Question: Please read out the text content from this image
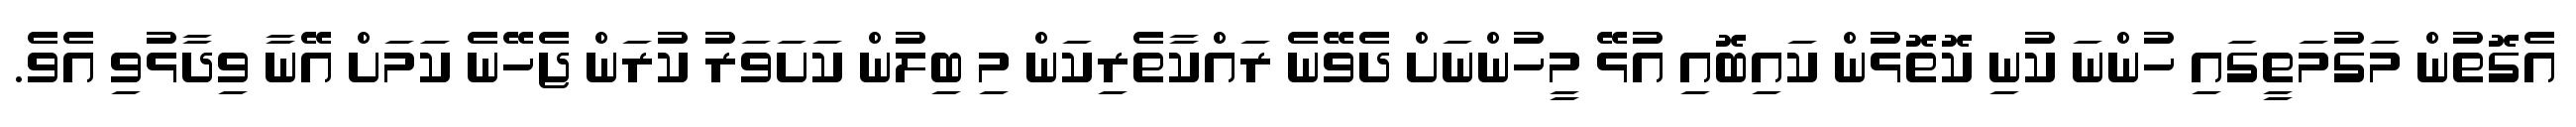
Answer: އެގޮތުން މަގުމަތީގައި ހުންނަ ކުނި ކޮތޮޅުން ކައިބޮއި އުޅޭ މީހުންނަށް ދެވޭނެ ރައްކާތެރިކަން މި ބިލުން ކަށަވަރު ކުރަން ޖެހޭނެ ކަަމަށް އޭނާ ވިދާޅުވި އެވެ.